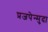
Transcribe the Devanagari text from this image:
प्रजपेन्मुदा